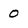
Character: 0